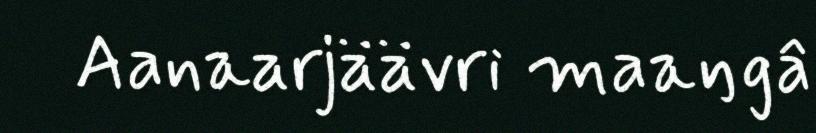
Aanaarjäävri maaŋgâ